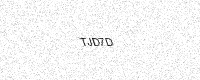
Text: TJD7D